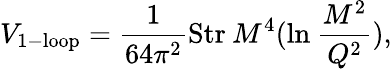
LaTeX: V_{\mathrm{1-loop}}={\frac{1}{64\pi^{2}}}\mathrm{Str}\: M^{4}(\mathrm{ln}\: {\frac{M^{2}}{Q^{2}}}),